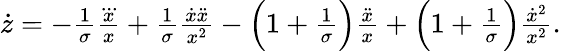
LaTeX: \begin{array}{r}{\dot{z}=-\frac{1}{\sigma}\frac{\dddot{x}}{x}+\frac{1}{\sigma}\frac{\dot{x}\ddot{x}}{x^{2}}-\Big(1+\frac{1}{\sigma}\Big)\frac{\ddot{x}}{x}+\Big(1+\frac{1}{\sigma}\Big)\frac{\dot{x}^{2}}{x^{2}}.}\end{array}